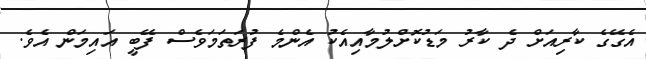
އެގޭގެ ކާރިއަށް ދެ ކާރު މަޑުކޮށްލުމާއިއެކު އެންމެ ފުރަތަމަވެސް ފޭބީ އައިމަން އެވެ.